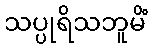
သပ္ပုရိသဘူမိံ